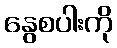
နွေစပါးကို